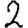
Digit: 2